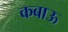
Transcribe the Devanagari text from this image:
कबाऊ